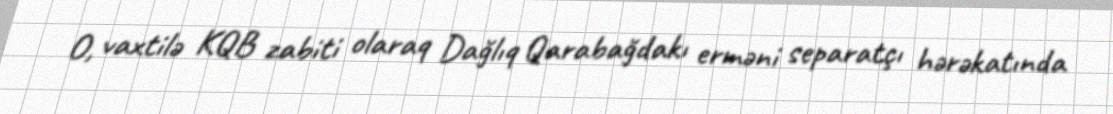
O, vaxtilə KQB zabiti olaraq Dağlıq Qarabağdakı erməni separatçı hərəkatında